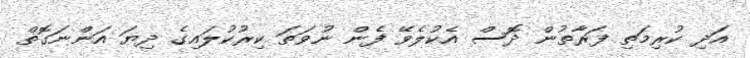
އަދި ކުރިމަތި ފަރާތުން ދޮސް އެކުލެވޭ ފެން ނުވަތަ ކިރުކުލައިގެ ދިޔަ އަންނަގޮތް